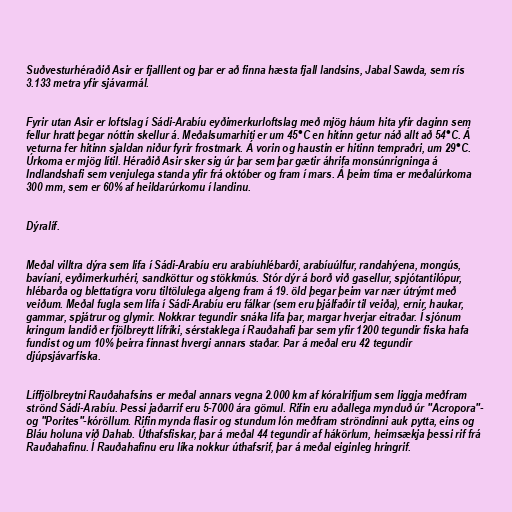
Suðvesturhéraðið Asir er fjalllent og þar er að finna hæsta fjall landsins, Jabal Sawda, sem rís
3.133 metra yfir sjávarmál.

Fyrir utan Asir er loftslag í Sádi-Arabíu eyðimerkurloftslag með mjög háum hita yfir daginn sem
fellur hratt þegar nóttin skellur á. Meðalsumarhiti er um 45°C en hitinn getur náð allt að 54°C. Á
veturna fer hitinn sjaldan niður fyrir frostmark. Á vorin og haustin er hitinn tempraðri, um 29°C.
Úrkoma er mjög lítil. Héraðið Asir sker sig úr þar sem þar gætir áhrifa monsúnrigninga á
Indlandshafi sem venjulega standa yfir frá október og fram í mars. Á þeim tíma er meðalúrkoma
300 mm, sem er 60% af heildarúrkomu í landinu.

Dýralíf.

Meðal villtra dýra sem lifa í Sádi-Arabíu eru arabíuhlébarði, arabíuúlfur, randahýena, mongús,
bavíani, eyðimerkurhéri, sandköttur og stökkmús. Stór dýr á borð við gasellur, spjótantilópur,
hlébarða og blettatígra voru tiltölulega algeng fram á 19. öld þegar þeim var nær útrýmt með
veiðum. Meðal fugla sem lifa í Sádi-Arabíu eru fálkar (sem eru þjálfaðir til veiða), ernir, haukar,
gammar, spjátrur og glymir. Nokkrar tegundir snáka lifa þar, margar hverjar eitraðar. Í sjónum
kringum landið er fjölbreytt lífríki, sérstaklega í Rauðahafi þar sem yfir 1200 tegundir fiska hafa
fundist og um 10% þeirra finnast hvergi annars staðar. Þar á meðal eru 42 tegundir
djúpsjávarfiska.

Líffjölbreytni Rauðahafsins er meðal annars vegna 2.000 km af kóralrifjum sem liggja meðfram
strönd Sádi-Arabíu. Þessi jaðarrif eru 5-7000 ára gömul. Rifin eru aðallega mynduð úr "Acropora"-
og "Porites"-kóröllum. Rifin mynda flasir og stundum lón meðfram ströndinni auk pytta, eins og
Bláu holuna við Dahab. Úthafsfiskar, þar á meðal 44 tegundir af hákörlum, heimsækja þessi rif frá
Rauðahafinu. Í Rauðahafinu eru líka nokkur úthafsrif, þar á meðal eiginleg hringrif.